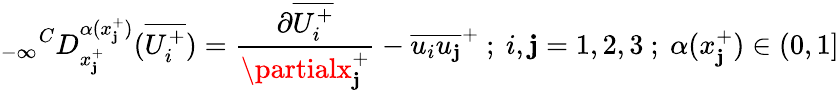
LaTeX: {_{-\infty}}^{C}D_{x_{\mathbf{j}}^{+}}^{\alpha(x_{\mathbf{j}}^{+})}(\overline{{{U_{i}^{+}}}})=\frac{{\partial\overline{{{U_{i}^{+}}}}}}{{\partialx_{\mathbf{j}}^{+}}}-\overline{{{u_{i}u_{\mathbf{j}}}}}^{+}~;~i,\mathbf{j}=1,2,3~;~\alpha(x_{\mathbf{j}}^{+})\in(0,1]